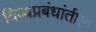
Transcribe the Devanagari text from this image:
दिव्यप्रबंधांतील